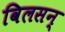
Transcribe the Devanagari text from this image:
विलसन्